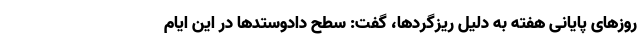
روزهای پایانی هفته به دلیل ریزگردها، گفت: سطح دادوستدها در این ایام